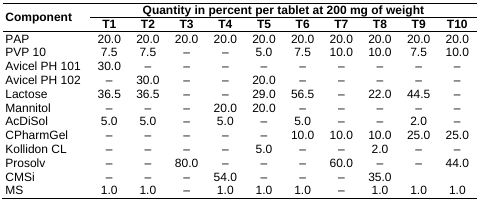
<table><thead><tr><td rowspan="2"><b>Component</b></td><td colspan="10"><b>Quantity in percent per tablet at 200 mg of weight</b></td></tr><tr><td><b>T1</b></td><td><b>T2</b></td><td><b>T3</b></td><td><b>T4</b></td><td><b>T5</b></td><td><b>T6</b></td><td><b>T7</b></td><td><b>T8</b></td><td><b>T9</b></td><td><b>T10</b></td></tr></thead><tbody><tr><td>PAP</td><td>20.0</td><td>20.0</td><td>20.0</td><td>20.0</td><td>20.0</td><td>20.0</td><td>20.0</td><td>20.0</td><td>20.0</td><td>20.0</td></tr><tr><td>PVP 10</td><td>7.5</td><td>7.5</td><td>–</td><td>–</td><td>5.0</td><td>7.5</td><td>10.0</td><td>10.0</td><td>7.5</td><td>10.0</td></tr><tr><td>Avicel PH 101</td><td>30.0</td><td>–</td><td>–</td><td>–</td><td>–</td><td>–</td><td>–</td><td>–</td><td>–</td><td>–</td></tr><tr><td>Avicel PH 102</td><td>–</td><td>30.0</td><td>–</td><td>–</td><td>20.0</td><td>–</td><td>–</td><td>–</td><td>–</td><td>–</td></tr><tr><td>Lactose</td><td>36.5</td><td>36.5</td><td>–</td><td>–</td><td>29.0</td><td>56.5</td><td>–</td><td>22.0</td><td>44.5</td><td>–</td></tr><tr><td>Mannitol</td><td>–</td><td>–</td><td>–</td><td>20.0</td><td>20.0</td><td>–</td><td>–</td><td>–</td><td>–</td><td>–</td></tr><tr><td>AcDiSol</td><td>5.0</td><td>5.0</td><td>–</td><td>5.0</td><td>–</td><td>5.0</td><td>–</td><td>–</td><td>2.0</td><td>–</td></tr><tr><td>CPharmGel</td><td>–</td><td>–</td><td>–</td><td>–</td><td>–</td><td>10.0</td><td>10.0</td><td>10.0</td><td>25.0</td><td>25.0</td></tr><tr><td>Kollidon CL</td><td>–</td><td>–</td><td>–</td><td>–</td><td>5.0</td><td>–</td><td>–</td><td>2.0</td><td>–</td><td>–</td></tr><tr><td>Prosolv</td><td>–</td><td>–</td><td>80.0</td><td>–</td><td>–</td><td>–</td><td>60.0</td><td>–</td><td>–</td><td>44.0</td></tr><tr><td>CMSi</td><td>–</td><td>–</td><td>–</td><td>54.0</td><td>–</td><td>–</td><td>–</td><td>35.0</td><td></td><td></td></tr><tr><td>MS</td><td>1.0</td><td>1.0</td><td>–</td><td>1.0</td><td>1.0</td><td>1.0</td><td>–</td><td>1.0</td><td>1.0</td><td>1.0</td></tr></tbody></table>